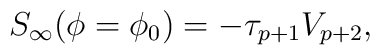
S_{\infty}(\phi=\phi_0)=-\tau_{p+1}V_{p+2},